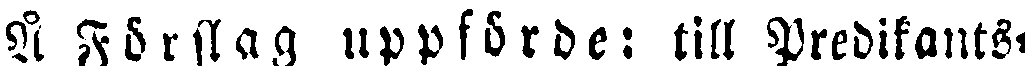
Å Förslag uppförde: till Predikants-